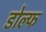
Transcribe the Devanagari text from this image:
डोल्फ